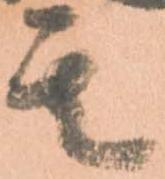
其